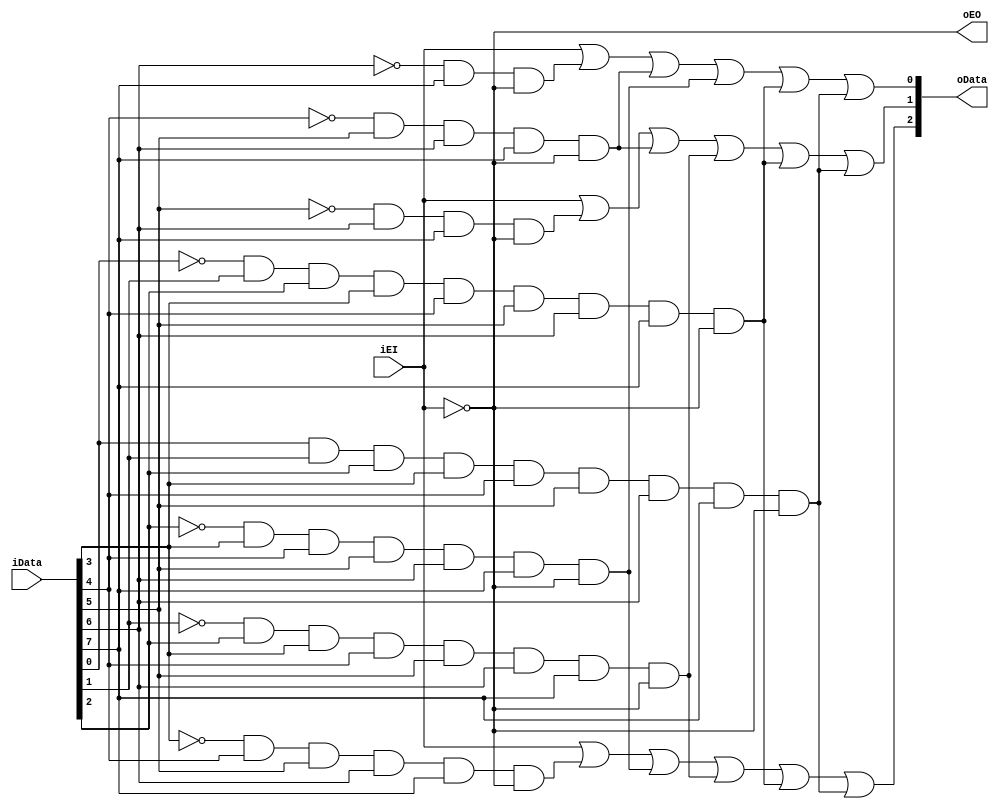
`timescale 1ns / 1ps
//////////////////////////////////////////////////////////////////////////////////
// Company: 
// Engineer: 
// 
// Design Name: 
// Module Name: encoder83_Pri
// Project Name: 
// Target Devices: 
// Tool Versions: 
// Description: 
// 
// Dependencies: 
// 
// Revision:
// Revision 0.01 - File Created
// Additional Comments:
// 
//////////////////////////////////////////////////////////////////////////////////


module encoder83_Pri(
    input [7:0] iData,
    input iEI,
    output [2:0] oData,
    output oEO
    );
    assign oEO=~iEI;
    assign oData[2]=iEI|(~iData[3]&iData[4]&iData[5]&iData[6]&iData[7]&~iEI)|(~iData[2]&iData[3]&iData[4]&iData[5]&iData[6]&iData[7]&~iEI)|(~iData[1]&iData[2]&iData[3]&iData[4]&iData[5]&iData[6]&iData[7]&~iEI)|(~iData[0]&iData[1]&iData[2]&iData[3]&iData[4]&iData[5]&iData[6]&iData[7]&~iEI)|(iData[0]&iData[1]&iData[2]&iData[3]&iData[4]&iData[5]&iData[6]&iData[7]&~iEI);
    assign oData[1]=iEI|(~iData[5]&iData[6]&iData[7]&~iEI)|(~iData[4]&iData[5]&iData[6]&iData[7]&~iEI)|(~iData[1]&iData[2]&iData[3]&iData[4]&iData[5]&iData[6]&iData[7]&~iEI)|(~iData[0]&iData[1]&iData[2]&iData[3]&iData[4]&iData[5]&iData[6]&iData[7]&~iEI)|(iData[0]&iData[1]&iData[2]&iData[3]&iData[4]&iData[5]&iData[6]&iData[7]&~iEI);
    assign oData[0]=iEI|(~iData[6]&iData[7]&~iEI)|(~iData[4]&iData[5]&iData[6]&iData[7]&~iEI)|(~iData[2]&iData[3]&iData[4]&iData[5]&iData[6]&iData[7]&~iEI)|(~iData[0]&iData[1]&iData[2]&iData[3]&iData[4]&iData[5]&iData[6]&iData[7]&~iEI)|(iData[0]&iData[1]&iData[2]&iData[3]&iData[4]&iData[5]&iData[6]&iData[7]&~iEI);
endmodule